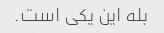
بله این یکی است.